Report on sanitation, dispensaries, and jails in Rajputana for 1910, and on vaccination for the year 1910-1911 - 1910-1911
Year: 1910
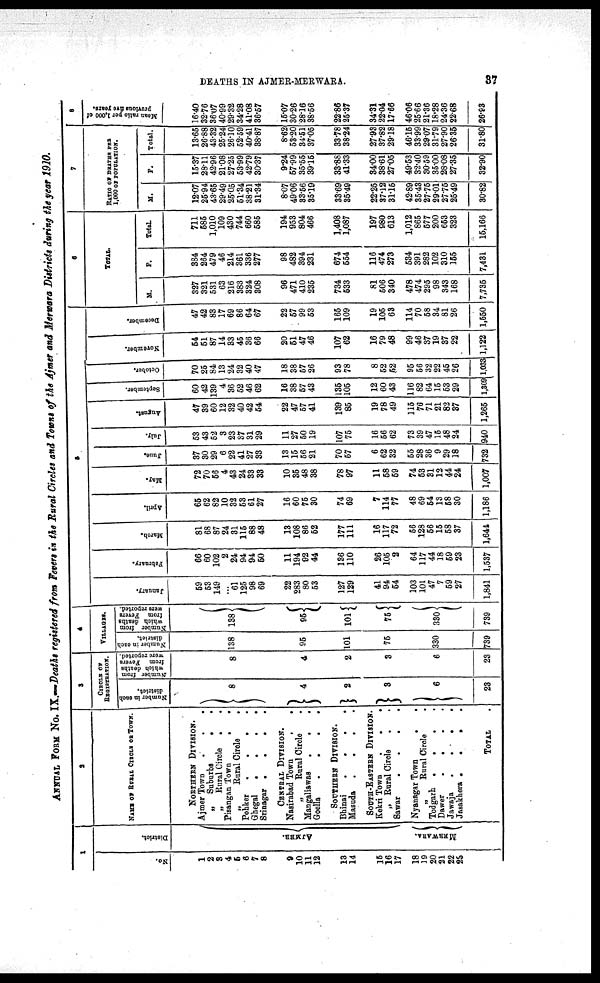
DEATHS IN AJMER-MERWARA.
37
ANNUAL FORM No. IX.—Deaths registered from Fevers in the Rural Circles and Towns of the Ajtner and Merwara Districts during the year 1910.
1
No.
1
2
3
4
5
6
7
8
9
10
11
12
13
14
15
16
17
18
19
20
21
22
23
District.
AJMER.
MERWARA.
2
NAME OF RURAL ClRCLE OF TOWN.
NORTHERN DIVISION.
Ajmer Town
.
.
.
„ Suburbs
.
.
„ Rural Circle
.
Pisangan Town
.
.
„
Rural Circle
Pohker
....
Ghegal
.
.
.
.
Srinagar
....
CENTRAL DIVISION.
Nasirabad Town
.
.
„
Rural Circle
Mangaliawas
.
.
.
Goella
.
.
.
SOUTHERN DIVISION.
Bhinai
....
Masuda
....
SOUTH-EASTERN DIVISION.
Kekri Town
.
.
.
„ Rural Circle . .
Sawar
....
Nyanagar Town
..
„
Rural Circle
..
Todgarh
....
Dawer
....
Jawaja
....
Jasakhera .
.
.
TOTAL
3
CIRCLE OF
REGISTRATION.
Number in each
district.
8
4
2
3
6
23
Number from
which deaths
from Fevers
were reported.
8
4
2
3
6
23
4
VILLAGES.
Number in each
district.
138
95
101
75
330
739
Number from
which deaths
from Fevers
were reported.
138
95
101
75
330
739
5
January.
59
53
149
...
61
125
98
69
22
283
80
53
127
129
41
94
54
103
101
47
7
59
27
1,841
February.
66
60
102
2
24
94
94
50
11
194
92
44
136
110
26
105
2
64
117
44
18
59
23
1,537
March.
81
68
87
24
31
115
88
48
13
108
86
52
177
111
16
117
72
56
128
56
15
58
37
1,644
April.
65
62
82
10
32
53
61
27
16
60
75
30
74
69
7
114
77
48
69
54
13
58
30
1,186
May.
72
70
56
4
43
24
33
33
10
35
48
38
78
97
11
58
59
74
53
31
12
44
24
1,007
June.
37
30
29
6
22
41
27
33
13
15
56
21
70
57
6
62
32
55
28
36
9
29
18
732
July.
53
43
52
3
23
37
31
29
11
27
50
19
107
75
16
56
62
73
39
47
15
48
24
940
August.
47
39
60
12
32
40
42
54
22
47
57
41
139
85
19
78
49
115
76
71
21
82
37
1,265
September.
60
42
139
4
36
52
46
62
16
38
57
43
135
105
12
60
43
116
82
64
15
53
29
1,309
October.
70
25
84
13
24
32
40
47
18
38
57
26
93
78
8
52
52
95
56
32
22
45
26
1,033
November.
54
51
87
14
33
45
36
66
20
51
47
46
107
62
16
79
48
99
46
37
19
37
22
1,122
December.
47
42
83
17
69
86
64
67
22
57
99
53
165
109
19
105
63
114
70
58
34
81
26
1,550
6
TOTAL.
M.
327
321
531
63
216
383
324
308
96
471
410
235
734
533
81
506
340
478
474
295
98
343
168
7,735
F.
384
264
479
46
214
361
336
277
98
482
394
231
674
554
116
474
273
534
391
282
102
310
155
7,431
Total.
711
585
1,010
109
430
744
660
585
194
953
804
466
1,408
1,087
197
980
613
1,012
865
577
200
653
323
15,166
7
RATIO OF DEATHS PER
1,000 OF POPULATION.
M.
12.07
25.94
43.65
29.49
25.05
51.34
38.21
31.34
8.07
49.06
33.56
35.19
33.69
35.49
22.25
37.12
31.15
42.89
35.43
27.75
29.01
27.75
25.49
30.82
F.
15.37
28.11
42.96
21.08
27.25
53.99
42.79
30.37
9.24
57.99
35.55
39.15
33.88
41.33
34.00
38.61
27.05
49.53
32.40
30.59
35.00
28.08
27.35
32.90
Total.
13.65
26.88
43.32
25.24
26.10
52.59
40.41
38.87
8.62
53.20
34.51
37.05
33.78
38.24
27.93
37.82
29.18
46.15
33.99
29.07
31.79
27.90
26.35
31.80
8
Mean ratio per 1,000 of
previous five years.
16.40
32.76
36.07
40.99
29.32
34.28
41.08
36.57
15.07
30.26
28.16
38.56
22.86
25.37
34.31
22.04
17.66
46.06
25.66
21.36
18.28
24.36
22.68
26.93